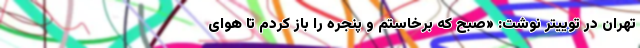
تهران در توییتر نوشت: «صبح که برخاستم و پنجره را باز کردم تا هوای